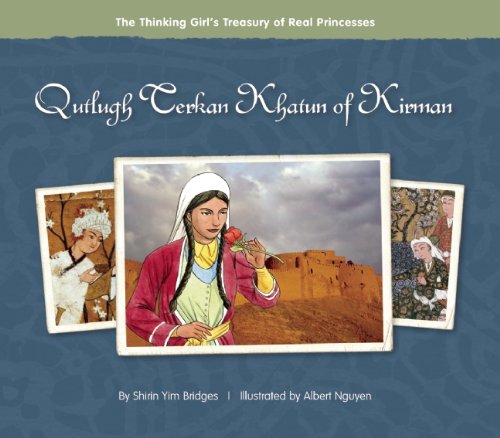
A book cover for Qutlugh Terkan Khatun of Kirman (The Thinking Girl's Treasury of Real Princesses); Shirin Yim Bridges; Children's Books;